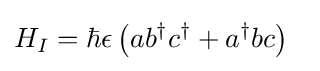
H_{I}=\hbar \epsilon \left(ab^{\dagger }c^{\dagger }+a^{\dagger }bc\right)~~